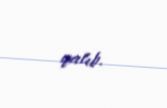
qalıb.